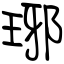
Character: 琊